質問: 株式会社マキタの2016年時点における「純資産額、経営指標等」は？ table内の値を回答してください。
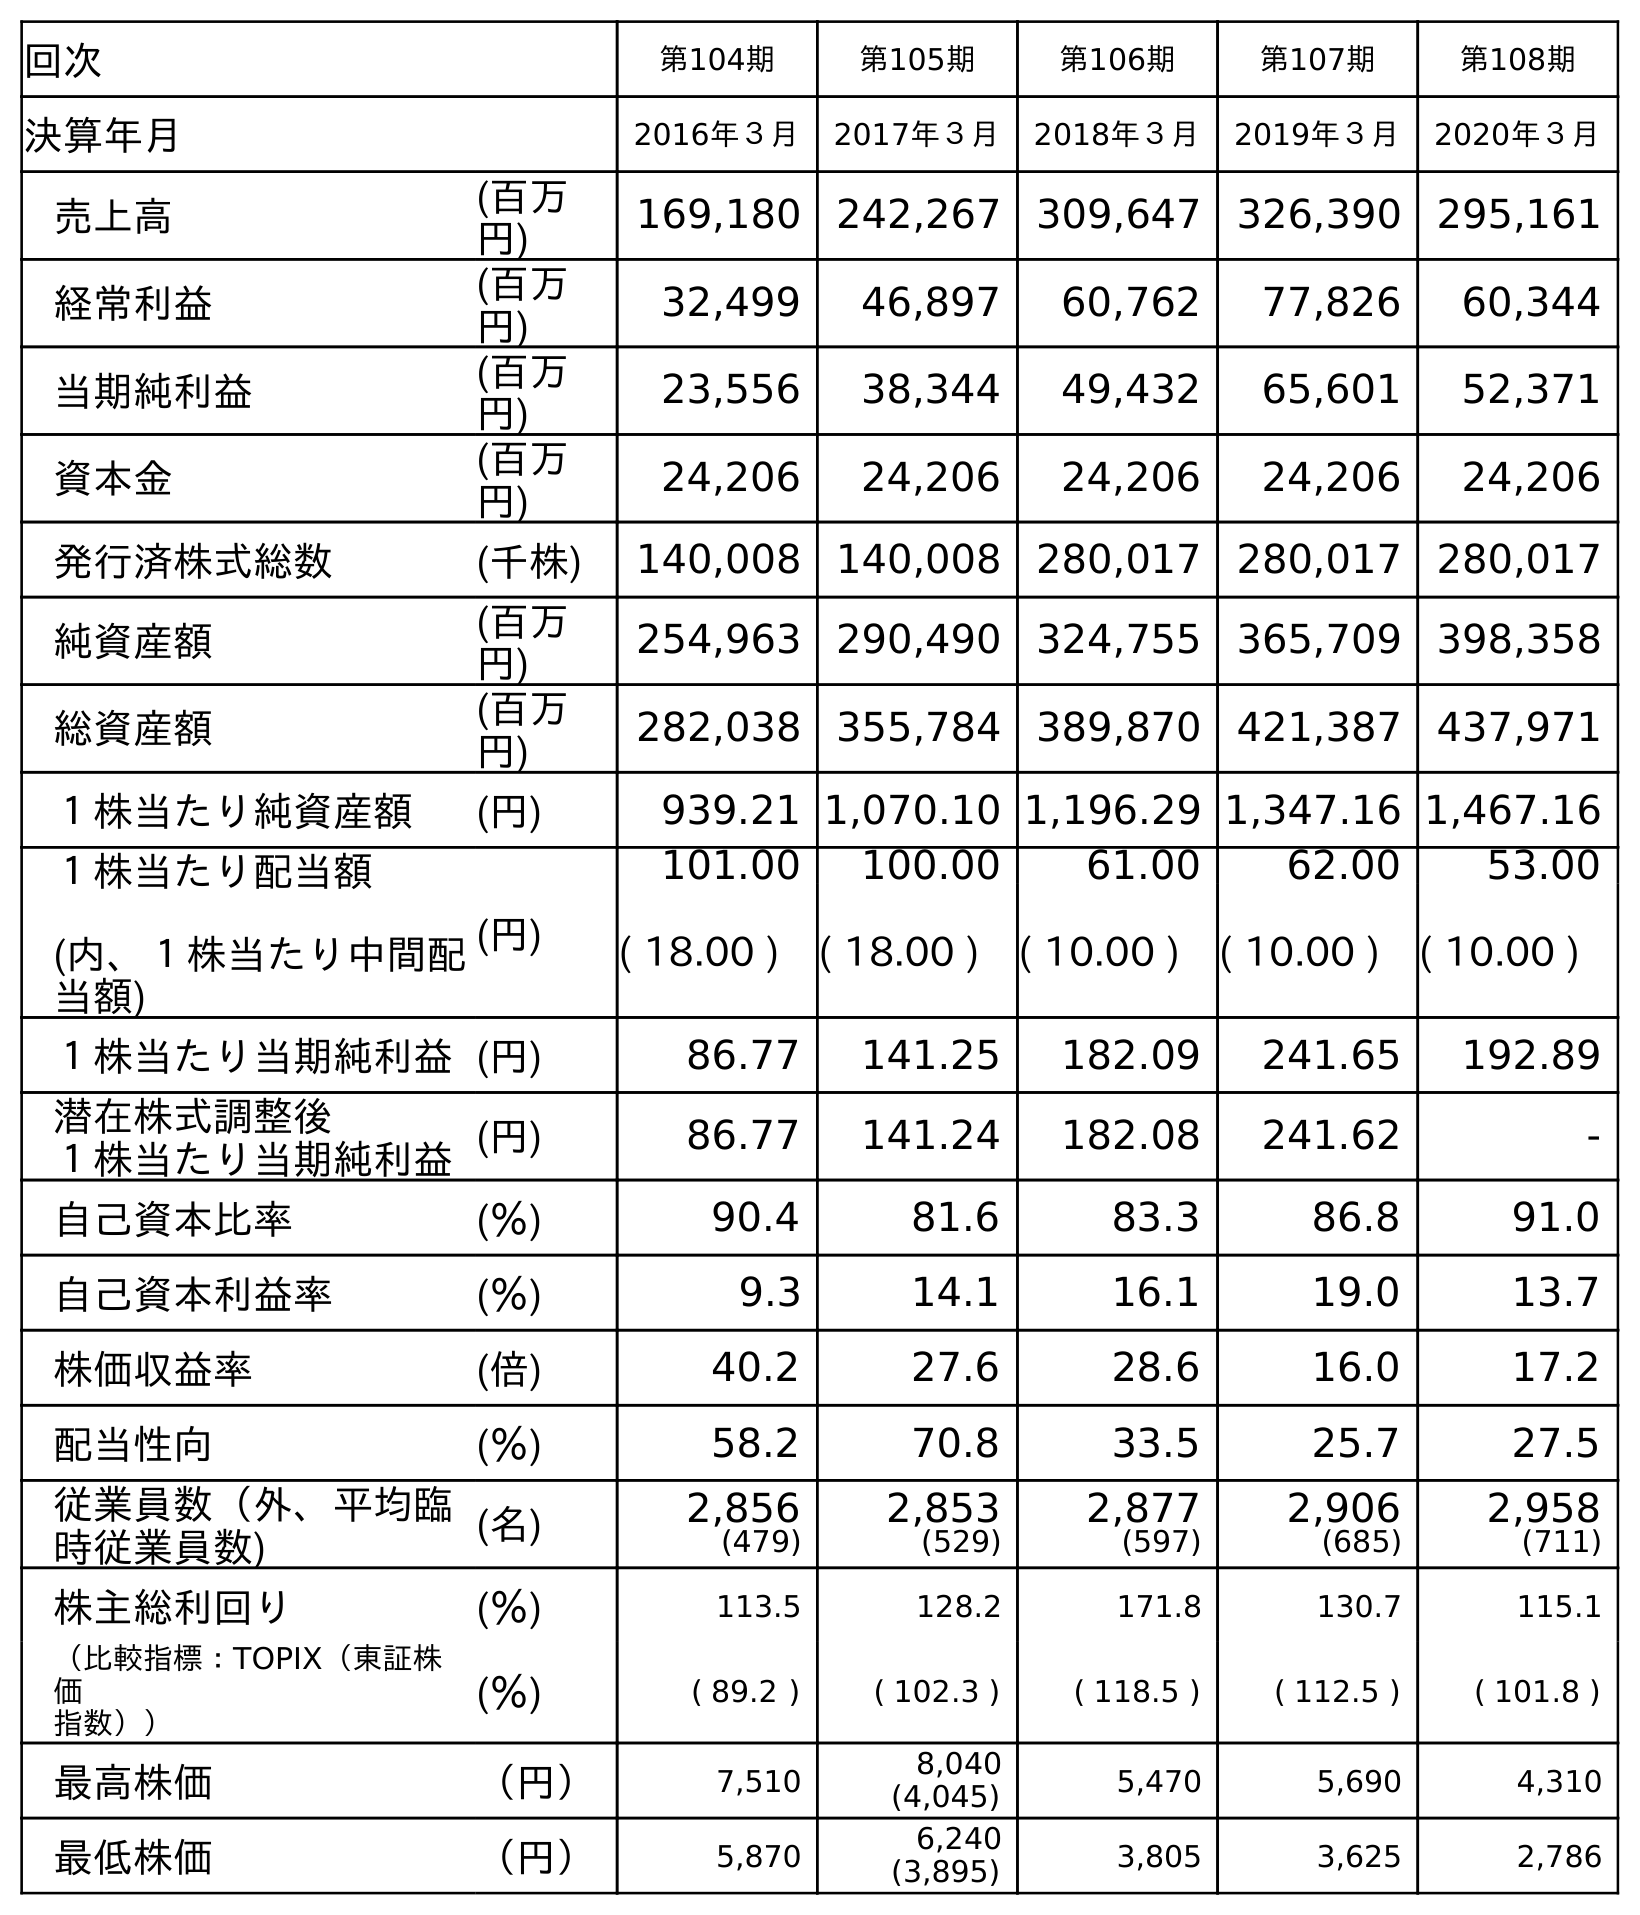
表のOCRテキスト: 回次 第104期 第105期 第106期 第107期 第108期 決算年月 2016年３月 2017年３月 2018年３月 2019年３月 2020年３月 売上高 (百万 円) 169,180 242,267 309,647 326,390 295,161 経常利益 (百万 円) 32,499 46,897 60,762 77,826 60,344 当期純利益 (百万 円) 23,556 38,344 49,432 65,601 52,371 資本金 (百万 円) 24,206 24,206 24,206 24,206 24,206 発行済株式総数 (千株) 140,008 140,008 280,017 280,017 280,017 純資産額 (百万 円) 254,963 290,490 324,755 365,709 398,358 総資産額 (百万 円) 282,038 355,784 389,870 421,387 437,971 １株当たり純資産額 (円) 939.21 1,070.10 1,196.29 1,347.16 1,467.16 １株当たり配当額 (内、１株当たり中間配 当額) (円) 101.00 100.00 61.00 62.00 53.00 ( 18.00 ) ( 18.00 ) ( 10.00 ) ( 10.00 ) ( 10.00 ) １株当たり当期純利益(円) 86.77 141.25 182.09 241.65 192.89 潜在株式調整後 １株当たり当期純利益(円) 86.77 141.24 182.08 241.62 - 自己資本比率 (％) 90.4 81.6 83.3 86.8 91.0 自己資本利益率 (％) 9.3 14.1 16.1 19.0 13.7 株価収益率 (倍) 40.2 27.6 28.6 16.0 17.2 配当性向 (％) 58.2 70.8 33.5 25.7 27.5 従業員数（外、平均臨 時従業員数) (名) 2,856 (479) 2,853 (529) 2,877 (597) 2,906 (685) 2,958 (711) 株主総利回り (％) 113.5 128.2 171.8 130.7 115.1 （比較指標：TOPIX（東証株 価 指数）） (％) ( 89.2 ) ( 102.3 ) ( 118.5 ) ( 112.5 ) ( 101.8 ) 最高株価 （円） 7,510 8,040 (4,045) 5,470 5,690 4,310 最低株価 （円） 5,870 6,240 (3,895) 3,805 3,625 2,786
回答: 254,963